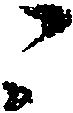
々